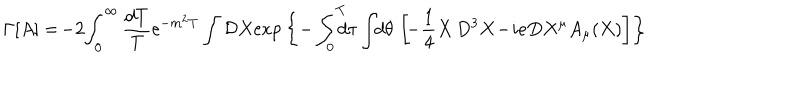
LaTeX: \Gamma \lbrack A \rbrack = \! - 2 \! \int _ { 0 } ^ { \infty } { \frac { d T } { T } } \mathrm { e } ^ { - m ^ { 2 } T } \int { \cal D } X \mathrm { e x p } \left\{ - \int _ { 0 } ^ { T } \! \! \! \! d \tau \int \! \! d \theta \, \left[ \! - { \frac { 1 } { 4 } } X \, D ^ { 3 } X \! - \! i e D X ^ { \mu } A _ { \mu } ( X ) \right] \right\}